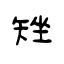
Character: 矬